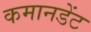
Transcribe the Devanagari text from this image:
कमानडेंट